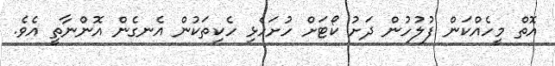
އޮތް މީހެއްކަން ފުލުހުން ދަށު ކޯޓަށް ހުށަހެޅި ހެކިތަކުން އެނގެން އޮންނާތީ އެވެ.